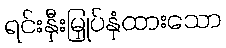
ရင်းနှီးမြှုပ်နှံထားသော